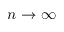
n \to \infty